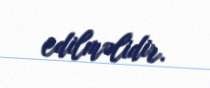
edilməlidir.